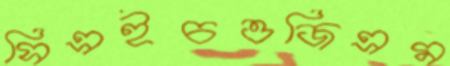
সিএইচওজিএম